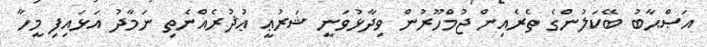
އަޞްޙާބު ބޭކަލުންގެ ތެރެއިން ޖުމްހޫރުން ވިދާޅުވަނީ ޝަރުޢީ ޢުޛުރެއްނެތި ނަމާދު އަޅައިފި މީހާ